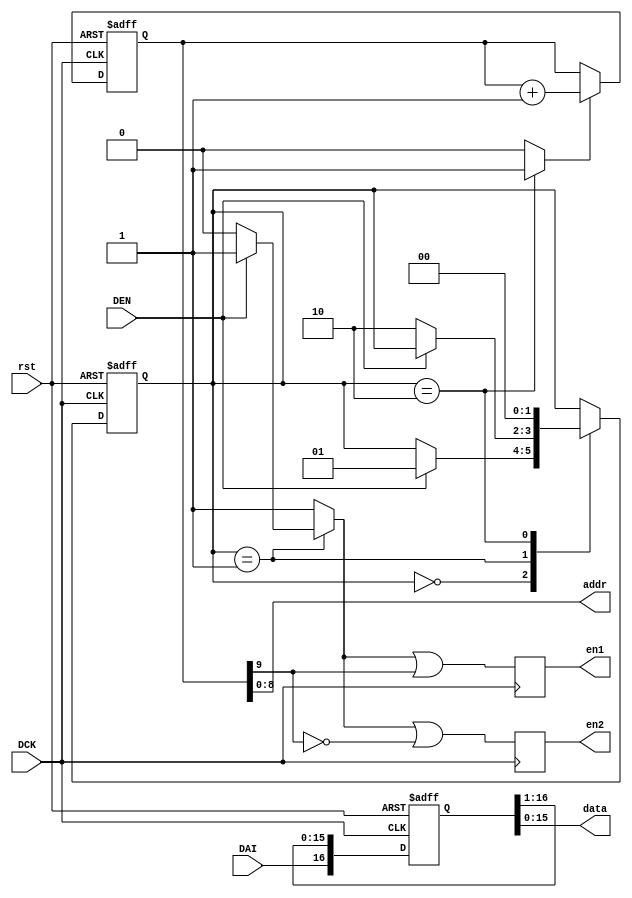
module DataReceiver(DCK, DAI, DEN, rst, addr, data, en1, en2);

input           DCK;
input           DAI;
input           DEN;
input           rst;
output   [ 8:0] addr;
output   [15:0] data;
output          en1;
output          en2;

reg             en1;
reg             en2;

reg      [16:0] r_data;
reg      [ 9:0] wd_addr;
reg             wd_addr_add;
reg      [ 1:0] in_cs;
reg      [ 1:0] in_ns;
reg             en_wd;

parameter [1:0] IN_IDLE   = 2'b00,
                IN_ACTION = 2'b01,
                IN_SAVE   = 2'b10;

integer i;

// ============== Control Unit ==============
// ---------- Finite State Machine ----------
always @(posedge DCK or posedge rst) begin
  if (rst) in_cs <= IN_IDLE;
  else     in_cs <= in_ns;
end

always @(*) begin
  in_ns = in_cs;
  case (in_cs)
    IN_IDLE: begin
      if (DEN)  in_ns = IN_ACTION;
    end
    IN_ACTION: begin
      if (~DEN) in_ns = IN_SAVE;
    end
    IN_SAVE: begin
                in_ns = IN_IDLE;
    end
  endcase
end

always @(*) begin
  wd_addr_add = 0;
  en_wd = 1;
  case (in_cs)
    IN_ACTION: begin
      if (~DEN) en_wd = 0;
    end
    IN_SAVE: begin
      wd_addr_add = 1;
    end
  endcase
end
// ==========================================

// ================ Datapath ================
assign addr = wd_addr[8:0];
assign data = r_data[15:0];

always @(posedge DCK or posedge rst) begin
  if (rst) begin
    wd_addr <= 10'b0;
  end
  else if (wd_addr_add) begin
    wd_addr <= wd_addr + 10'b1;
  end
end

always @(posedge DCK or posedge rst) begin
  if (rst) r_data <= 16'b0;
  else begin
    r_data[16] <= DAI;
    for (i = 0; i < 16; i = i + 1) begin
      r_data[i] <= r_data[i + 1];
    end
  end
end

always @(posedge DCK) begin
  en1 <= en_wd | wd_addr[9];
  en2 <= en_wd | ~wd_addr[9];
end
// ==========================================

endmodule